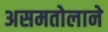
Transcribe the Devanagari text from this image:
असमतोलाने